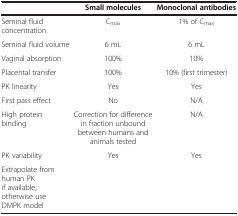
<table><thead><tr><td><b> </b></td><td><b>Small molecules</b></td><td><b>Monoclonal antibodies</b></td></tr></thead><tbody><tr><td>Seminal fluid concentration</td><td>C<sub>max</sub></td><td>1% of C<sub>max</sub></td></tr><tr><td>Seminal fluid volume</td><td>6 mL</td><td>6 mL</td></tr><tr><td>Vaginal absorption</td><td>100%</td><td>10%</td></tr><tr><td>Placental transfer</td><td>100%</td><td>10% (first trimester)</td></tr><tr><td>PK linearity</td><td>Yes</td><td>Yes</td></tr><tr><td>First pass effect</td><td>No</td><td>N/A</td></tr><tr><td>High protein binding</td><td>Correction for difference in fraction unbound between humans and animals tested</td><td>N/A</td></tr><tr><td>PK variability</td><td rowspan="2">Yes</td><td rowspan="2">Yes</td></tr><tr><td>Extrapolate from human PK if available; otherwise use DMPK model</td></tr></tbody></table>